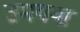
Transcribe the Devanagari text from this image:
उमयया